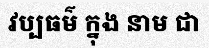
វប្បធម៌ ក្នុង នាម ជា